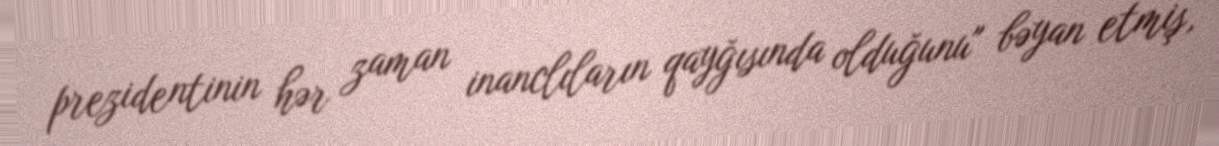
prezidentinin hər zaman inanclıların qayğısında olduğunu" bəyan etmiş,